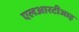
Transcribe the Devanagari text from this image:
एलआरटीआइ